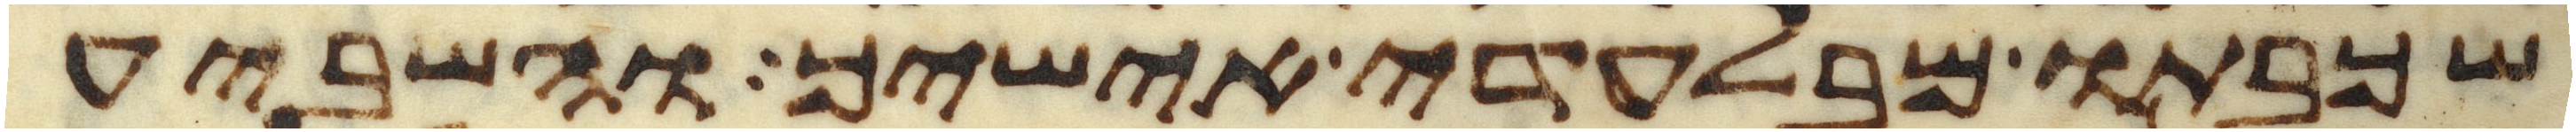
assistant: שכבתו מבלעדי אישיך והשביע